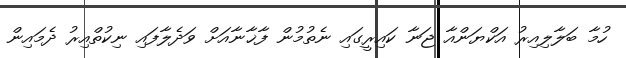
ހުމާ ބަލާލިއިރު އަކްޔަންއާ ޖަނާ ކައިރީގައި ނެތުމުން ފާޚާނާއަށް ވަދެލާފައި ނިކުތްއިރު ދެމައިން